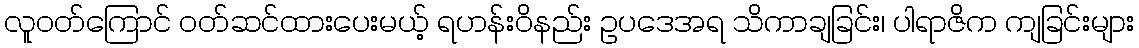
လူဝတ်ကြောင် ဝတ်ဆင်ထားပေးမယ့် ရဟန်းဝိနည်း ဥပဒေအရ သိကာချခြင်း၊ ပါရာဇိက ကျခြင်းများ